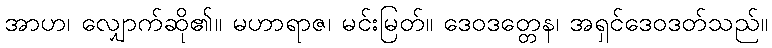
အာဟ၊ လျှောက်ဆို၏။ မဟာရာဇ၊ မင်းမြတ်။ ဒေဝဒတ္တေန၊ အရှင်ဒေဝဒတ်သည်။